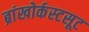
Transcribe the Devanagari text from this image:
ब्रांखोर्कस्टसूट